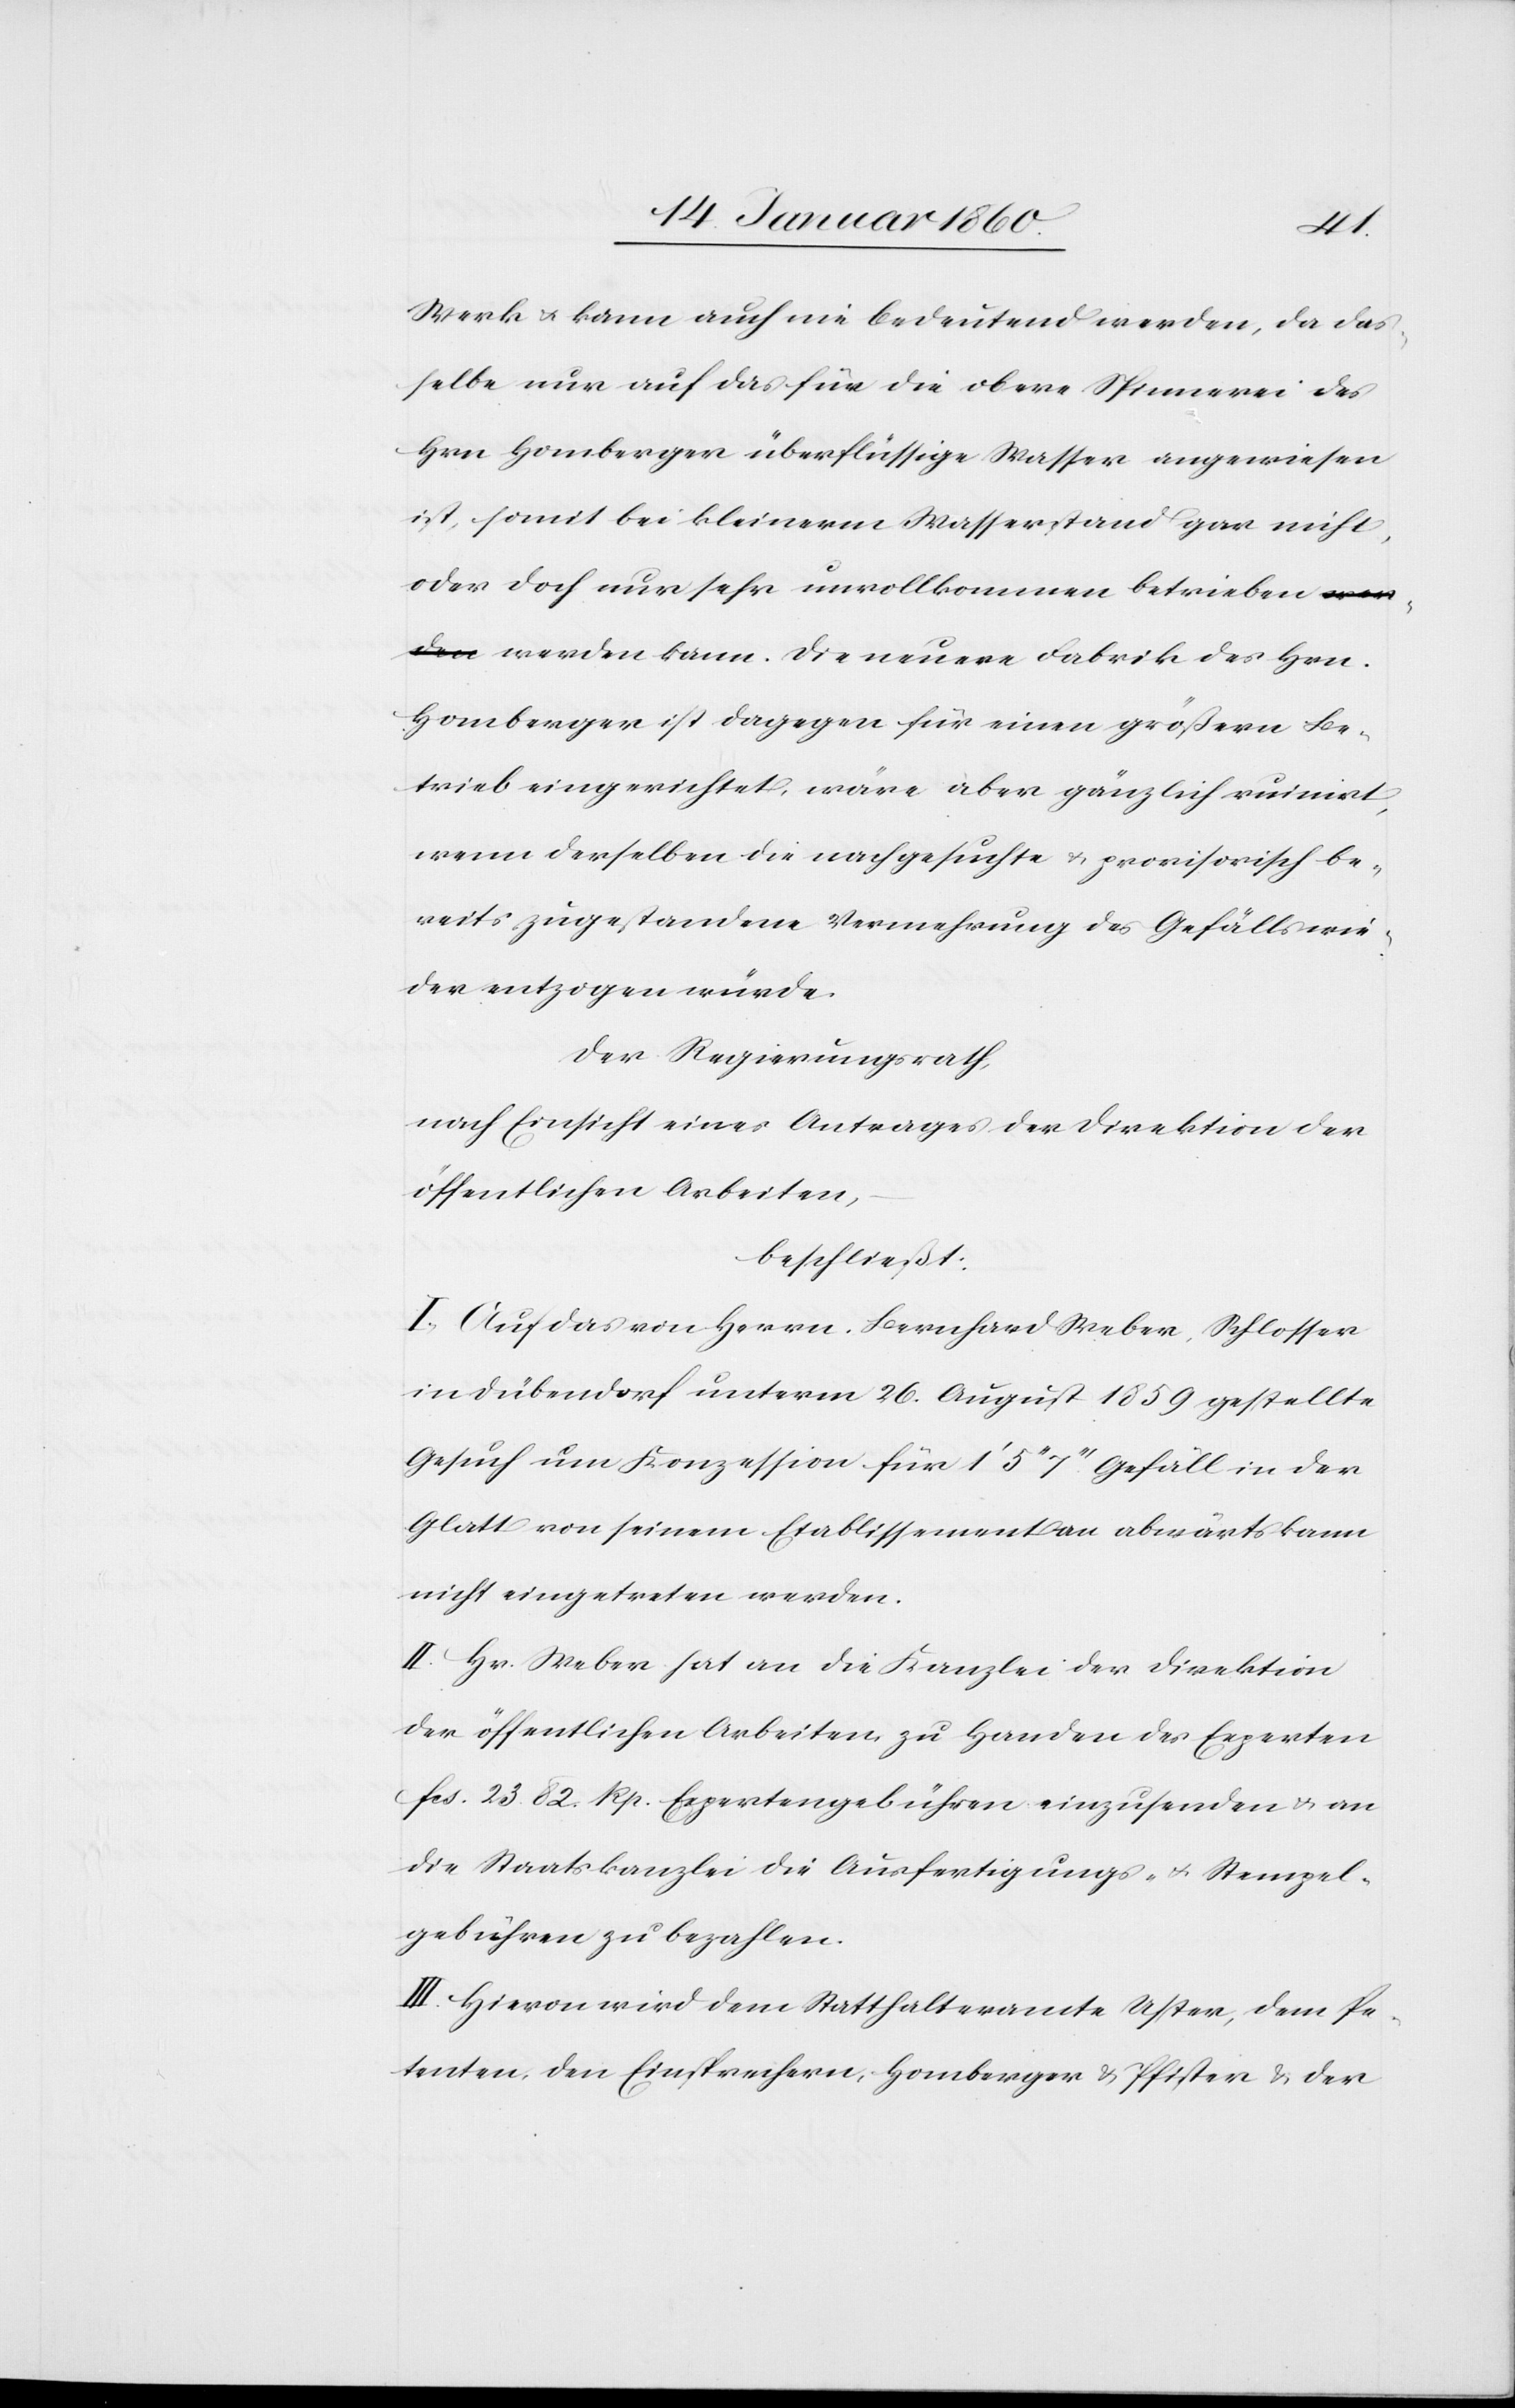
Werk u. kann auch nie bedeutend werden, da das¬
selbe nur auf das für die obere Spinnerei des
Hrn. Homberger überflüssige Wasser angewiesen
ist, somit bei kleinerm Wasserstand gar nicht,
oder doch nur sehr unvollkommen betrieben werden
Homberger ist dagegen für einen größern Be¬
trieb eingerichtet, wäre aber gänzlich ruinirt,
wenn derselbe die nachgesuchte u. provisorisch be¬
reits zugestandene Vermehrung des Gefälls wie¬
der entzogen würde.
Der Regierungsrath,
Nach Einsicht eines Antrages der Direktion der
öffentlichen Arbeiten,
beschließt:
I. Auf das von Herrn Bernhard Weber, Schlosser
in Dübendorf unterm 26. August 1859 gestellte
Gesuch um Konzession für 1’ 5’’ 7’’’ Gefäll in der
Glatt von seinem Etablissement an abwärts kann
nicht eingetreten werden.
II. Hr. Weber hat an die Kanzlei der Direktion
der öffentlichen Arbeiten zu Handen der Experten
fcs. 23 82. Rp. Expertengebühren einzusenden u. an
die Staatskanzlei die Ausfertigungs- u. Stempel¬
gebühren zu bezahlen.
III. Hievon wird dem Statthalteramte Uster, dem Pe¬
tenten, den Einsprechern, Homberger u. Pfister u. der